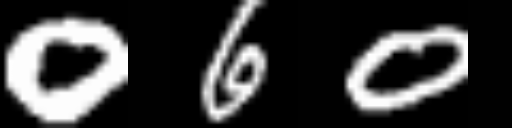
Text: 060